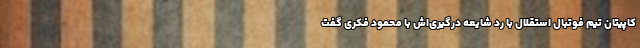
کاپیتان تیم فوتبال استقلال با رد شایعه درگیری‌اش با محمود فکری گفت